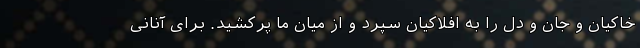
خاکیان و جان و دل را به افلاکیان سپرد و از میان ما پرکشید. برای آنانی